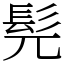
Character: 髡